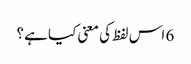
6 اس لفظ کی معنی کیا ہے؟